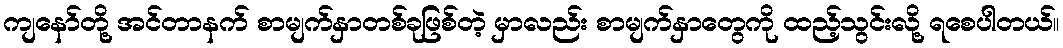
ကျနော်တို့ အင်တာနက် စာမျက်နှာတစ်ခုဖြစ်တဲ့ မှာလည်း စာမျက်နှာတွေကို ထည့်သွင်းလို့ ရစေပါတယ်။